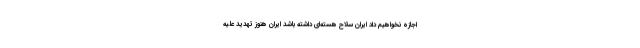
اجازه نخواهیم داد ایران سلاح هسته‌ای داشته باشد ایران هنوز تهدید علیه